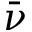
\bar { \nu }